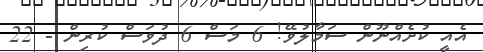
އެއީ ކުށެއްނޫން ސަމާލުވޭ! 6 މަސް 6 ދުވަސް ކުރިން - 22